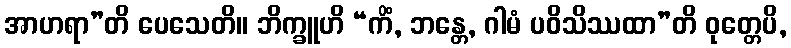
အာဟရာ”တိ ပေသေတိ။ ဘိက္ခူဟိ “ကိံ, ဘန္တေ, ဂါမံ ပဝိသိဿထာ”တိ ဝုတ္တေပိ,